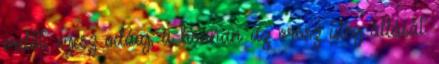
erdőt, egész odáig, a honnan az orosz üteg állását